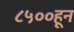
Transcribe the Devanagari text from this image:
८५००हून